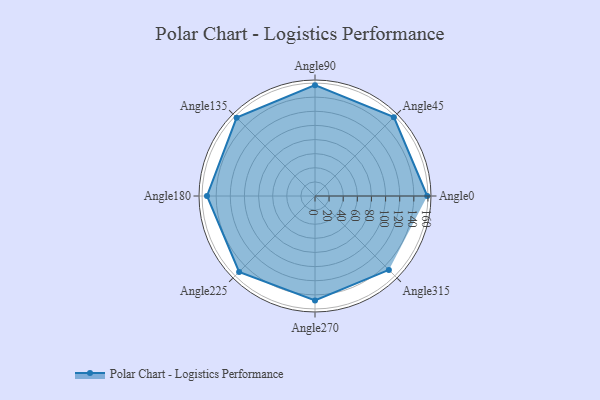
{"axis": {"x": "Angle", "y": "Radius"}, "legend": [""], "data": [{"x": "Angle0", "y": 159.0, "type": ""}, {"x": "Angle45", "y": 158.0, "type": ""}, {"x": "Angle90", "y": 157.0, "type": ""}, {"x": "Angle135", "y": 157.0, "type": ""}, {"x": "Angle180", "y": 153.0, "type": ""}, {"x": "Angle225", "y": 152.0, "type": ""}, {"x": "Angle270", "y": 148.0, "type": ""}, {"x": "Angle315", "y": 148.0, "type": ""}]}